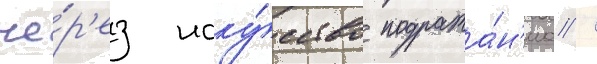
че́р'ез иску́сство подража́н'иа /